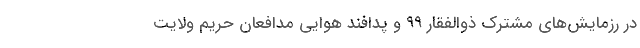
در رزمایش‌های مشترک ذوالفقار ۹۹ و پدافند هوایی مدافعان حریم ولایت